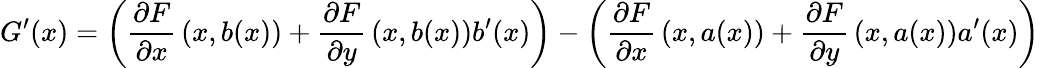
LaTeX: G^{\prime}(x)=\left({\frac{\partial F}{\partial x}}\left(x,b(x)\right)+{\frac{\partial F}{\partial y}}\left(x,b(x)\right)b^{\prime}(x)\right)-\left({\frac{\partial F}{\partial x}}\left(x,a(x)\right)+{\frac{\partial F}{\partial y}}\left(x,a(x)\right)a^{\prime}(x)\right)